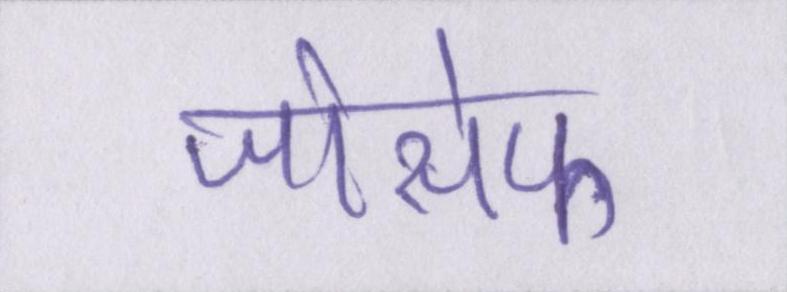
जोसेफ